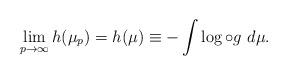
LaTeX: \begin{align*}\lim_{p\to\infty}h(\mu_p)=h(\mu)\equiv-\int \log\circ g\ d\mu.\end{align*}